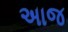
અાજ